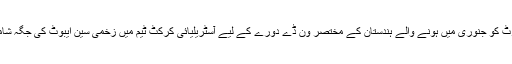
ڈی آرسی شارٹ کو جنوری میں ہونے والے ہندستان کے مختصر ون ڈے دورے کے لیے آسٹریلیائی کرکٹ ٹیم میں زخمی سین ایبوٹ کی جگہ شامل کیا گیا ہے۔